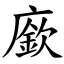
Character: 廞